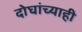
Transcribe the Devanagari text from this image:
दोघांच्‍याही